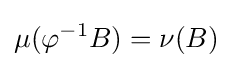
\mu (\varphi ^{-1}B)=\nu (B)